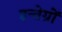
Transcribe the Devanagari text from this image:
इन्तेग्रों